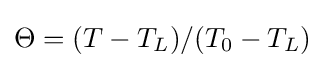
\Theta =(T-T_{L})/(T_{0}-T_{L})